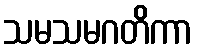
သမသမဂတိကာ